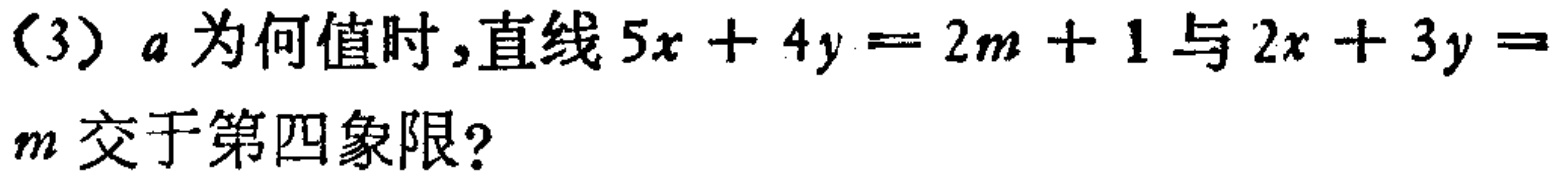
(3) \(a\) 为何值时，直线 \(5x + 4y = 2m + 1\) 与 \(2x + 3y = m\) 交于第四象限？